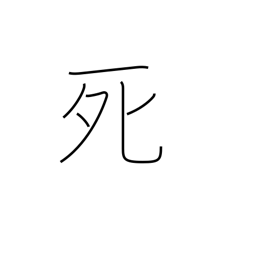
Meaning: death